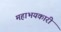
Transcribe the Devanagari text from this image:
महाभयकारी